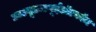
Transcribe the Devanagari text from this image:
डब्ल्यूडब्ल्यूईडॉटकॉम